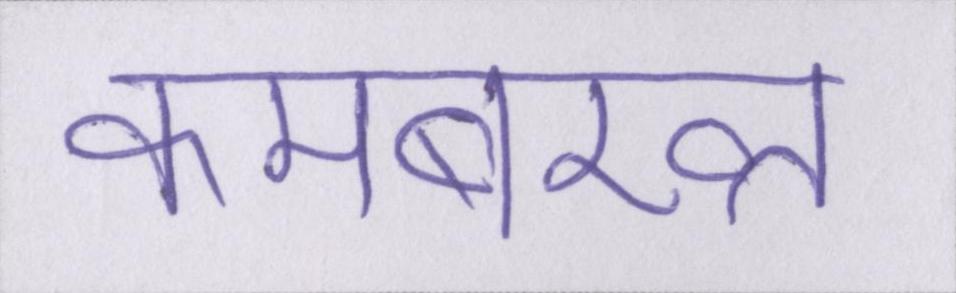
कमबख्त